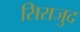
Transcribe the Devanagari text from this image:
सिराजुद